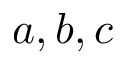
a , b , c